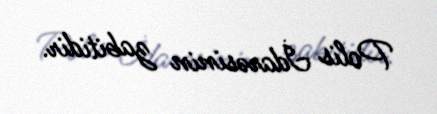
Polis İdarəsinin zabitidir.